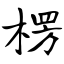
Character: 楞